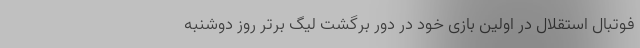
فوتبال استقلال در اولین بازی خود در دور برگشت لیگ برتر روز دوشنبه